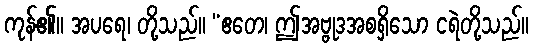
ကုန်၏။ အပရေ၊ တို့သည်။ “ဧတေ၊ ဤအဗ္ဗုဒအစရှိသော ငရဲတို့သည်။